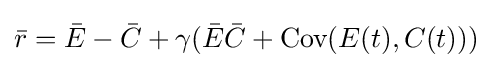
{\bar {r}}={\bar {E}}-{\bar {C}}+\gamma ({\bar {E}}{\bar {C}}+{\text{Cov}}(E(t),C(t)))